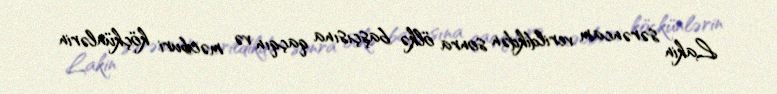
Lakin sərəncam verildikdən sonra ölkə başçısına qaçqın və məcburi köçkünlərin